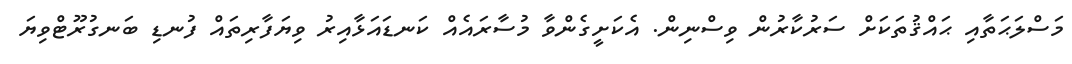
މަސްލަޙަތާއި ޙައްޤުތަކަށް ސަރުކާރުން ވިސްނިން. އެކަށީގެންވާ މުސާރައެއް ކަނޑައަޅާއިރު ވިޔަފާރިތައް ފުނޑި ބަނގުރޫޓްވިޔަ